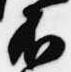
不